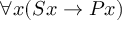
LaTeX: \forall x ( S x \rightarrow P x )